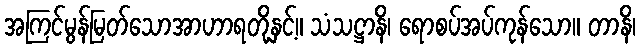
အကြင်မွန်မြတ်သောအာဟာရတို့နှင့်။ သံသဋ္ဌာနိ၊ ရောစပ်အပ်ကုန်သော။ တာနိ၊